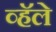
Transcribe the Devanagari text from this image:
व्हॅले